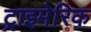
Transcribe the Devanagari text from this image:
ट्राइमेरिक